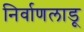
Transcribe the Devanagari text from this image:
निर्वाणलाडू